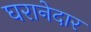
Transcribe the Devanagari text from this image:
घरानेदार